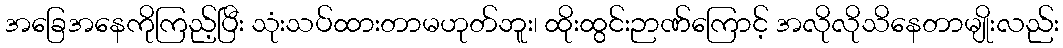
အခြေအနေကိုကြည့်ပြီး သုံးသပ်ထားတာမဟုတ်ဘူး၊ ထိုးထွင်းဉာဏ်ကြောင့် အလိုလိုသိနေတာမျိုးလည်း